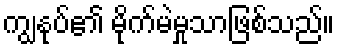
ကျွနုပ်၏ မိုက်မဲမှုသာဖြစ်သည်။